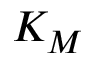
K _ { M }